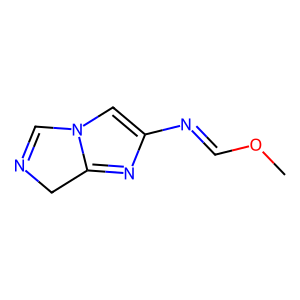
SMILES: COC=Nc1cn2c(n1)CN=C2
Inhibits HIV replication: No